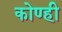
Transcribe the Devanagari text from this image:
कोण्ही